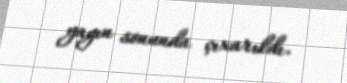
yayın sonunda çıxarıldı.